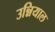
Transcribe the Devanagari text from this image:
उन्नियाल